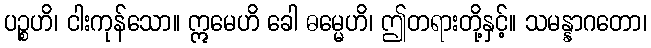
ပဉ္စဟိ၊ ငါးကုန်သော။ ဣမေဟိ ခေါ ဓမ္မေဟိ၊ ဤတရားတို့နှင့်။ သမန္နာဂတော၊